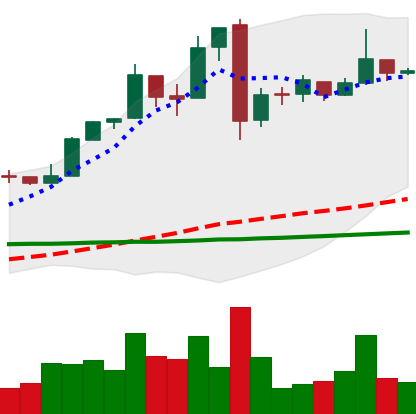
Ticker: BTC-USD
Chart end date: 2016-11-11
Forward return: 3.879%
Label: up_3_5